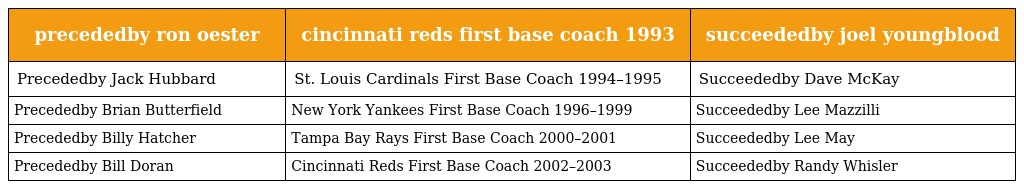
| precededby ron oester | cincinnati reds first base coach 1993 | succeededby joel youngblood |
 | --- | --- | --- |
 | Precededby Jack Hubbard | St. Louis Cardinals First Base Coach 1994–1995 | Succeededby Dave McKay |
 | Precededby Brian Butterfield | New York Yankees First Base Coach 1996–1999 | Succeededby Lee Mazzilli |
 | Precededby Billy Hatcher | Tampa Bay Rays First Base Coach 2000–2001 | Succeededby Lee May |
 | Precededby Bill Doran | Cincinnati Reds First Base Coach 2002–2003 | Succeededby Randy Whisler |